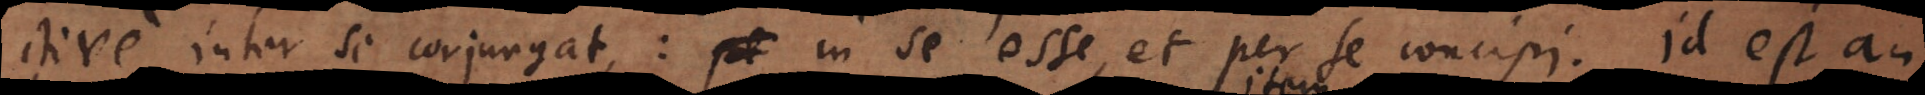
ctive inter se conjungat: in se esse, et per se concipi. Id est an